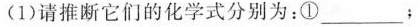
(1)请推断它们的化学式分别为：①___；